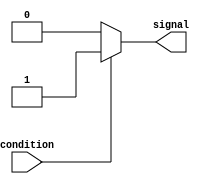
module simple_assign(
    input wire condition,
    output reg signal
);

// assign statement for direct signal assignment based on condition
always @*
begin
    if(condition)
        signal = 1'b1; // assign value '1' to signal if condition is true
    else
        signal = 1'b0; // assign value '0' to signal if condition is false
end

endmodule